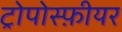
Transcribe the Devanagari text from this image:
ट्रोपोस्फ़ीयर